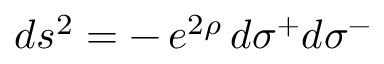
\: d s ^ { 2 } = - \, e ^ { 2 \rho } \, d \sigma ^ { + } d \sigma ^ { - } \: